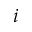
i